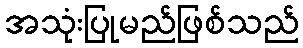
အသုံးပြုမည်ဖြစ်သည်